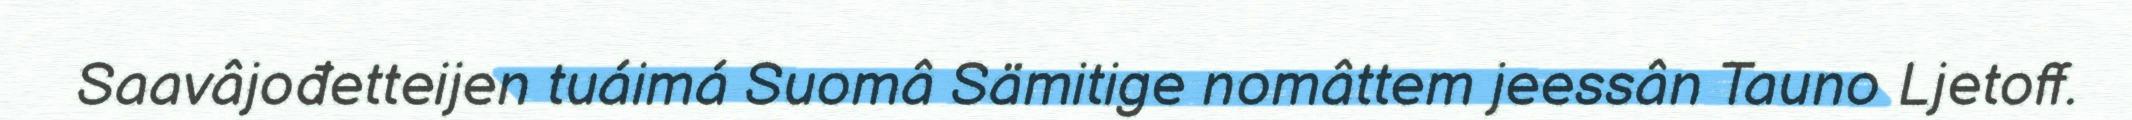
Saavâjođetteijen tuáimá Suomâ Sämitige nomâttem jeessân Tauno Ljetoff.